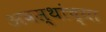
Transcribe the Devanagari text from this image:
अवस्थांच्या